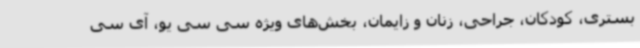
بستری، کودکان، جراحی، زنان و زایمان، بخش‌های ویژه سی سی یو، آی سی